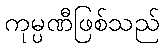
ကုမ္ပဏီဖြစ်သည်